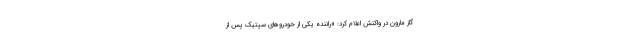
گاز مارون در واکنش اعلام کرد: «راننده یکی از خودروهای سپتیک پس از